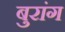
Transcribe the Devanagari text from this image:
बुरांग